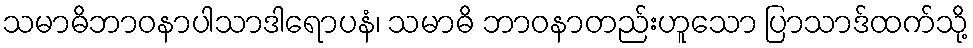
သမာဓိဘာဝနာပါသာဒါရောပနံ၊ သမာဓိ ဘာဝနာတည်းဟူသော ပြာသာဒ်ထက်သို့